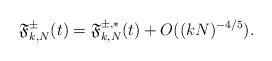
LaTeX: \begin{align*}\mathfrak{F}_{k,N}^{\pm}(t)=\mathfrak{F}_{k,N}^{\pm,*}(t)+O((kN)^{-4/5}).\end{align*}